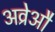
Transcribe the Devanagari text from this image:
अव्रेऔ